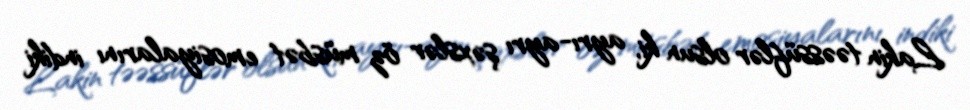
Lakin təəssüflər olsun ki, ayrı-ayrı şəxslər öz müsbət emosiyalarını indiki